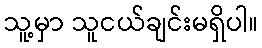
သူ့မှာ သူငယ်ချင်းမရှိပါ။